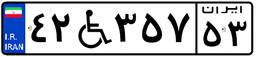
۴۲W۳۵۷۵۳